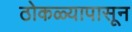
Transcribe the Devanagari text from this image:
ठोकळ्यापासून